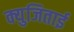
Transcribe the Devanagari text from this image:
क्युजिताई